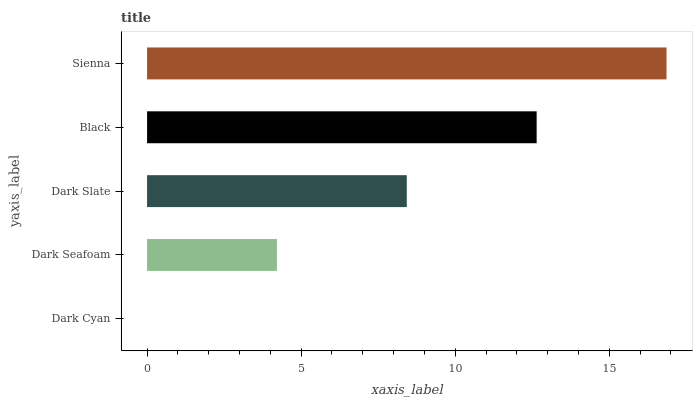
| yaxis_label | bars |
 | --- | --- |
 | Dark Cyan | 0 |
 | Dark Seafoam | 4.21 |
 | Dark Slate | 8.43 |
 | Black | 12.6 |
 | Sienna | 16.9 |